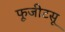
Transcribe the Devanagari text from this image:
फूजीटसू